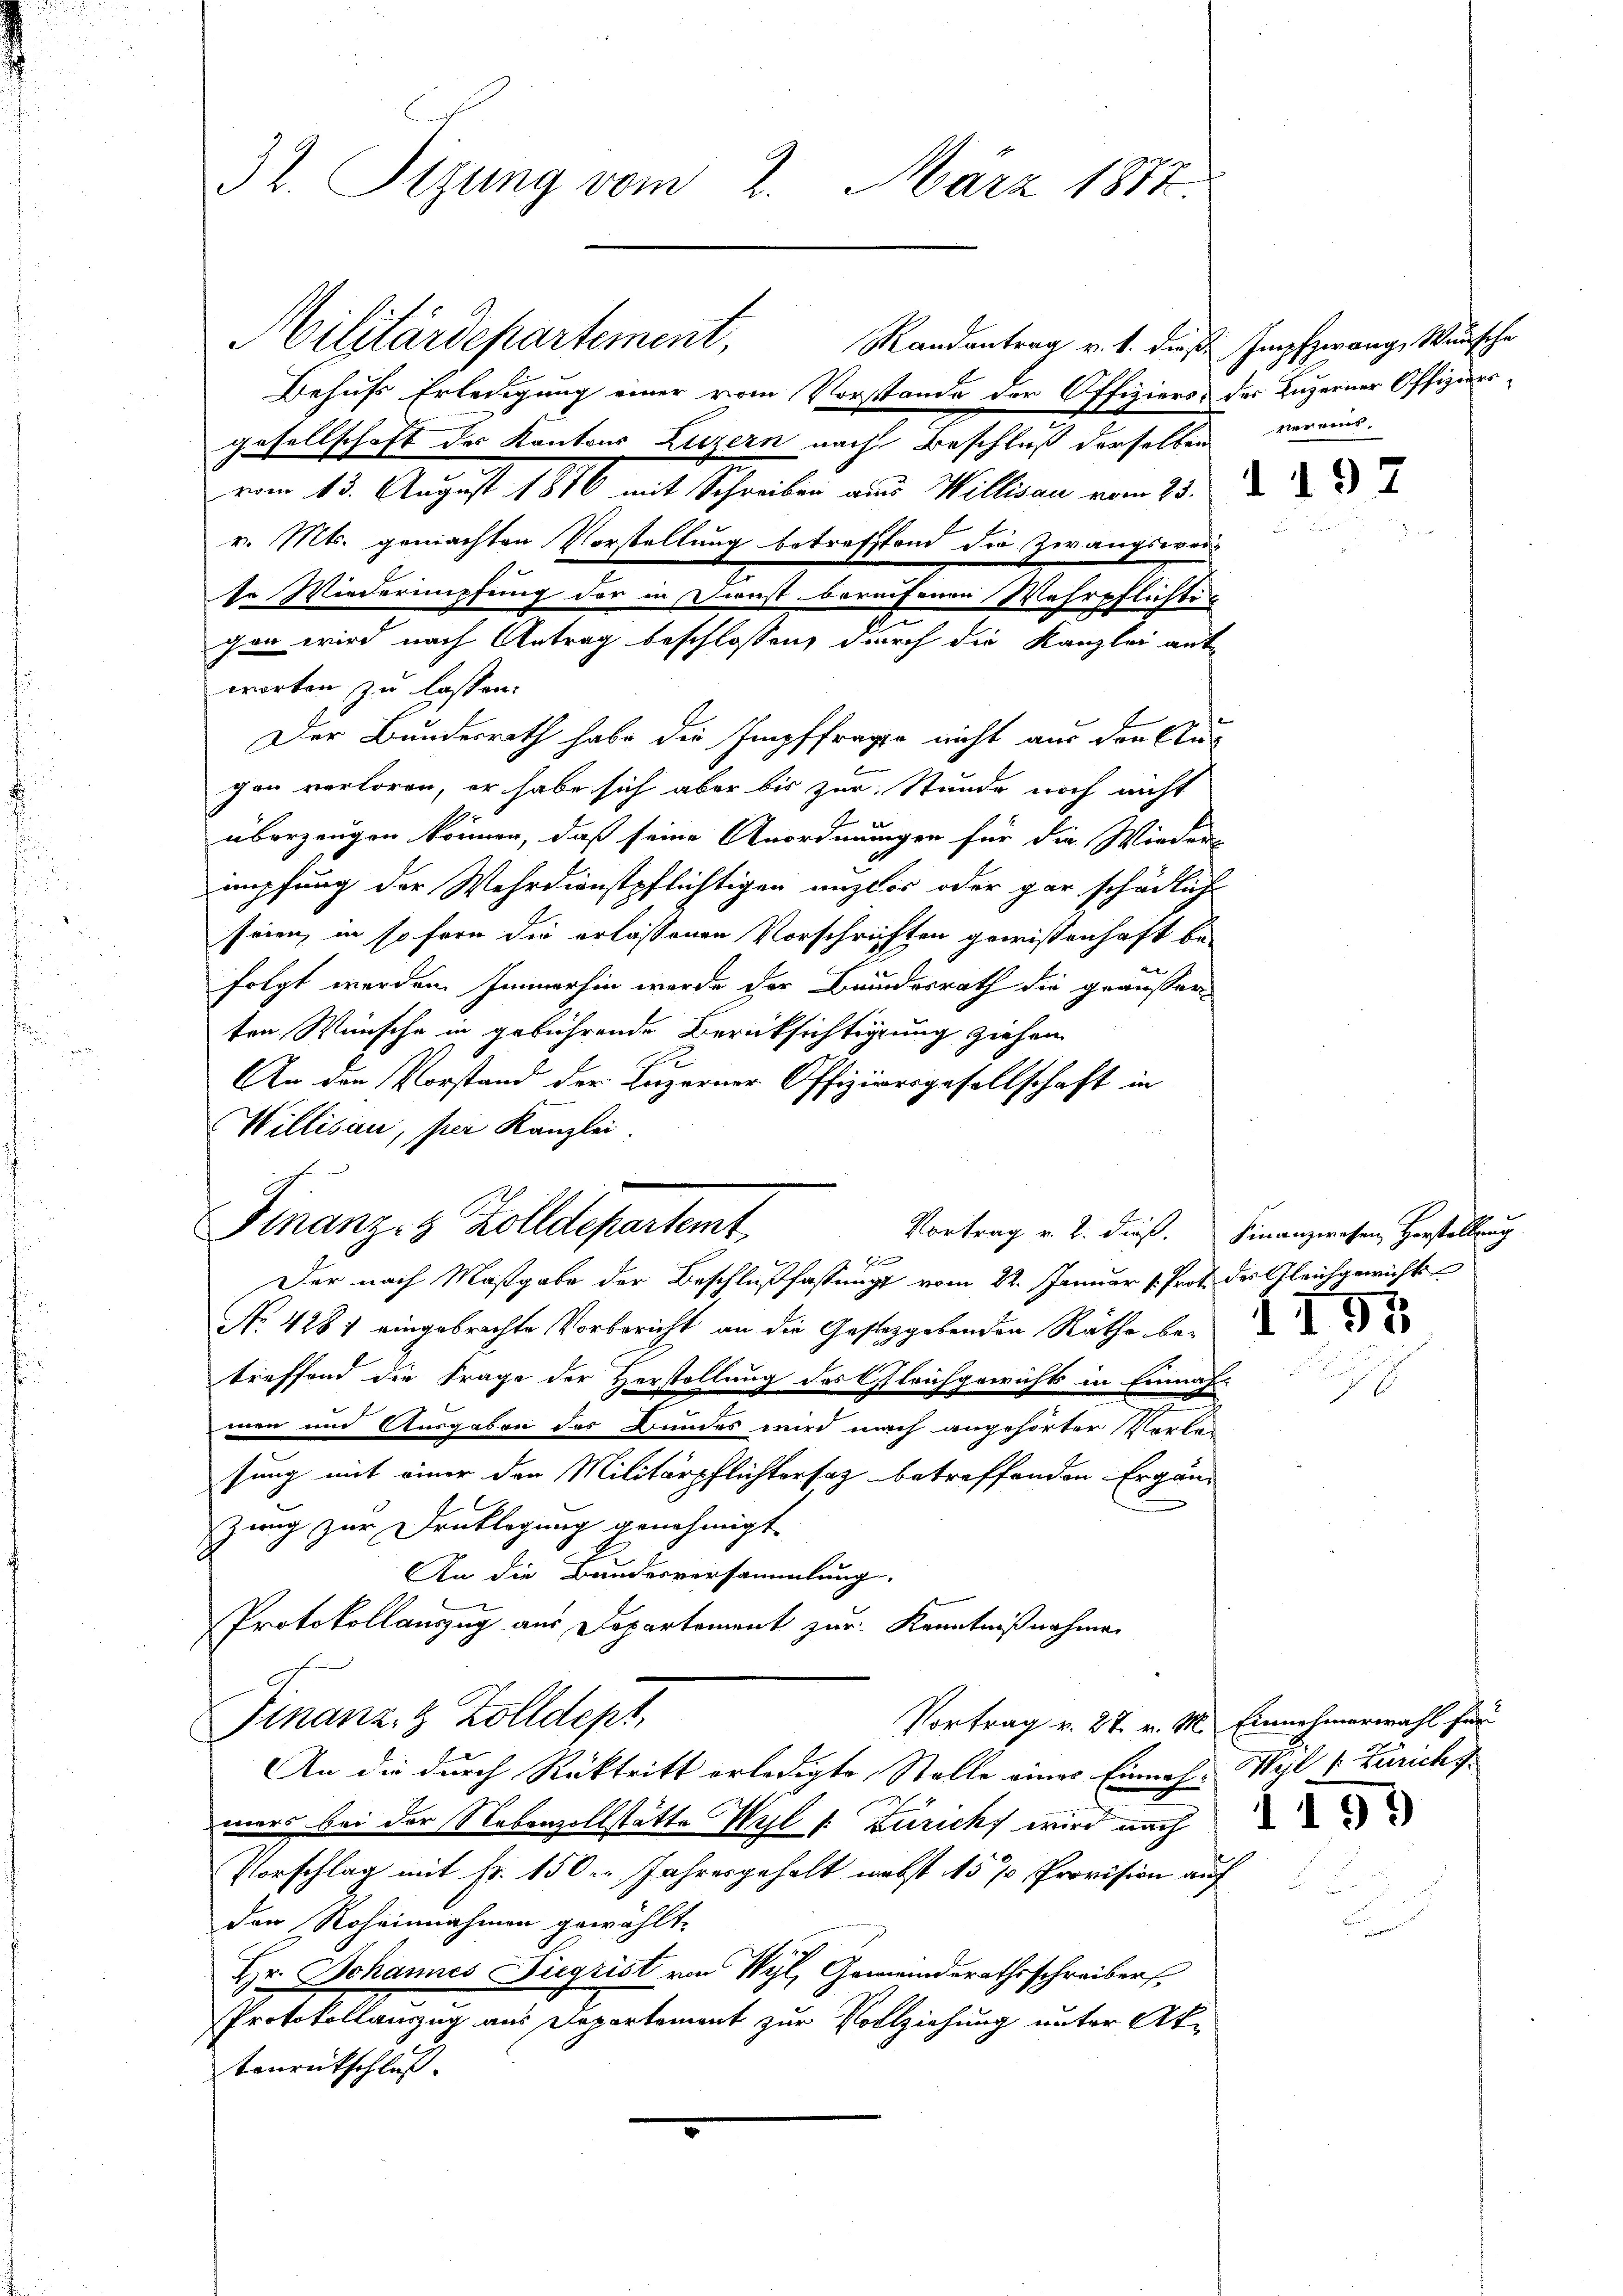
32. Sizung vom 2. März 1812.

Militärdepartement, Randantrag v. 1. diese Impfzwange Wunsche
Behufs Erledigung einer vom Vorstande der Offiziers, der Luzerner Offiziersgesellschaft der Kantons Luzern nach Beschluß derselben verein,
vom 15. August 1816 mit Schreiben aus Willian vom 15. d. d. d.
v. Mts. gemachten Vorstellung betreffend die Zwangswei-
te Wiedermpfung der in Finst bereifenen Wehrpflichtig
chen wird nach Antrag beschlossen, durch die Kanzlei antworten zu lassen.
Der Bundesrath habe die Impffrage nicht aus der Etagen verloren, er habe sich aber bis zur Stunde noch nicht
überzeugen können, daß seine Anordnungen für die Wieders
impfung der Wehrdienstpflichtigen unzlos oder gar schädliche
seien, in so fern die erlassenen Vorschriften gewissenhaft be-
folgt werden. Immerhin werde der Bundesrath die geäusser
ten Wünsche in gebührende Berücksichtigung ziehen
e
An den Vorstand der Luzerner Offiziergesellschaft in
Willisau, per Kanzlei.
Finanzes Zolldepartemt,
Vortrag v. 2. dieß. Finanzwesen, Herstellung
1
1
Der nach Maßgabe der Beschlußfassung vom 22. Januar 1. Prot. der Gleichgewicht
No. 428 1 eingebrachte Vorbericht an die Gestergebenden Rathe betreffend die Frage der Herstellung des Gleichgewichts in Einnaf-
men und Ausgaben des Bundes wird nach angehörter Vorbei
sung mit einer den Militärpflichtersatz betreffenden Ergän¬
Zuug zur Denklegung genehmigt
An die Bundesversammlung.
Protokollauszug aus Departement zur Kenntnißnahmen
Finanzig Kolldept,
Vortrag v. 27. v. M. Einnehmerwahl für
An die durch Rücktritt erledigte, Stelle eines Einnah-Wyl /: Zürichs
mars bei der Nebenzollstätte Wyl 1. Zuricht wird nach
Vorschlag mit Fr. 150. Jahresgehalt nebst 15 % Provision auf
den Roheinnahmen gewählt.
Hr. Johannes Fiegrist von Wyl, Gemeinderathsschreiber
Protokollauszug aus Departement zur Vollziehung unter Aktonrütschluß.

1159